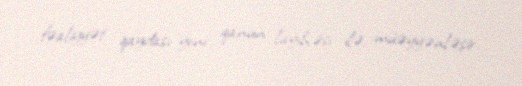
fəaliyyət qaydası yeni qanun layihəsi ilə müəyyənləşir.